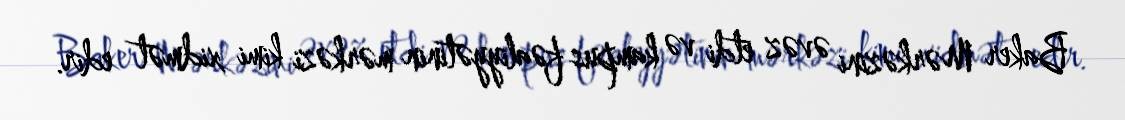
Baker Mərkəzini əvəz etdi və kampus fəaliyyətinin mərkəzi kimi xidmət edir.